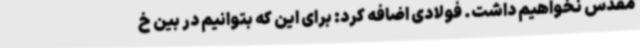
مقدس نخواهیم داشت. فولادی اضافه کرد: برای این که بتوانیم در بین خ